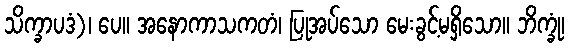
သိက္ခာပဒံ)၊ ပေ။ အနောကာသကတံ၊ ပြုအပ်သော မေးခွင့်မရှိသော။ ဘိက္ခုံ၊